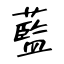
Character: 藍